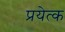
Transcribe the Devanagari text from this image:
प्रयेत्क